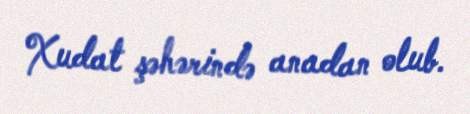
Xudat şəhərində anadan olub.